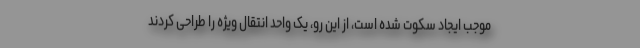
موجب ایجاد سکوت شده است، از این رو، یک واحد انتقال ویژه را طراحی کردند